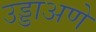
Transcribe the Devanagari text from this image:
उड्डाअणे